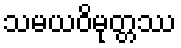
သမယဝိမုတ္တဿ